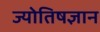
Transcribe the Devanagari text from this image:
ज्योतिषज्ञान